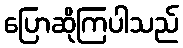
ပြောဆိုကြပါသည်